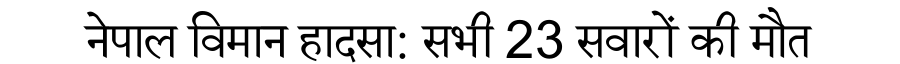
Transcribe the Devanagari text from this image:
नेपाल विमान हादसा: सभी 23 सवारों की मौत